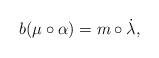
LaTeX: \begin{gather*}b(\mu\circ\alpha)=m\circ\dot\lambda,\end{gather*}